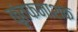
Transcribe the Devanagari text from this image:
कृंतकनाशक